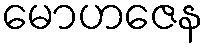
မောဟဇေန